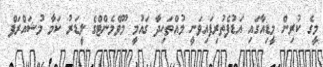
މީގެ ކުރިން މީޑިއާގައި އަޑުފެތުރިފައިވަނީ މުއްތަހިދާ ގައުމީ މޫވްމެންޓްގެ ލީޑަރު ކަމާ މުޝައްރަފް